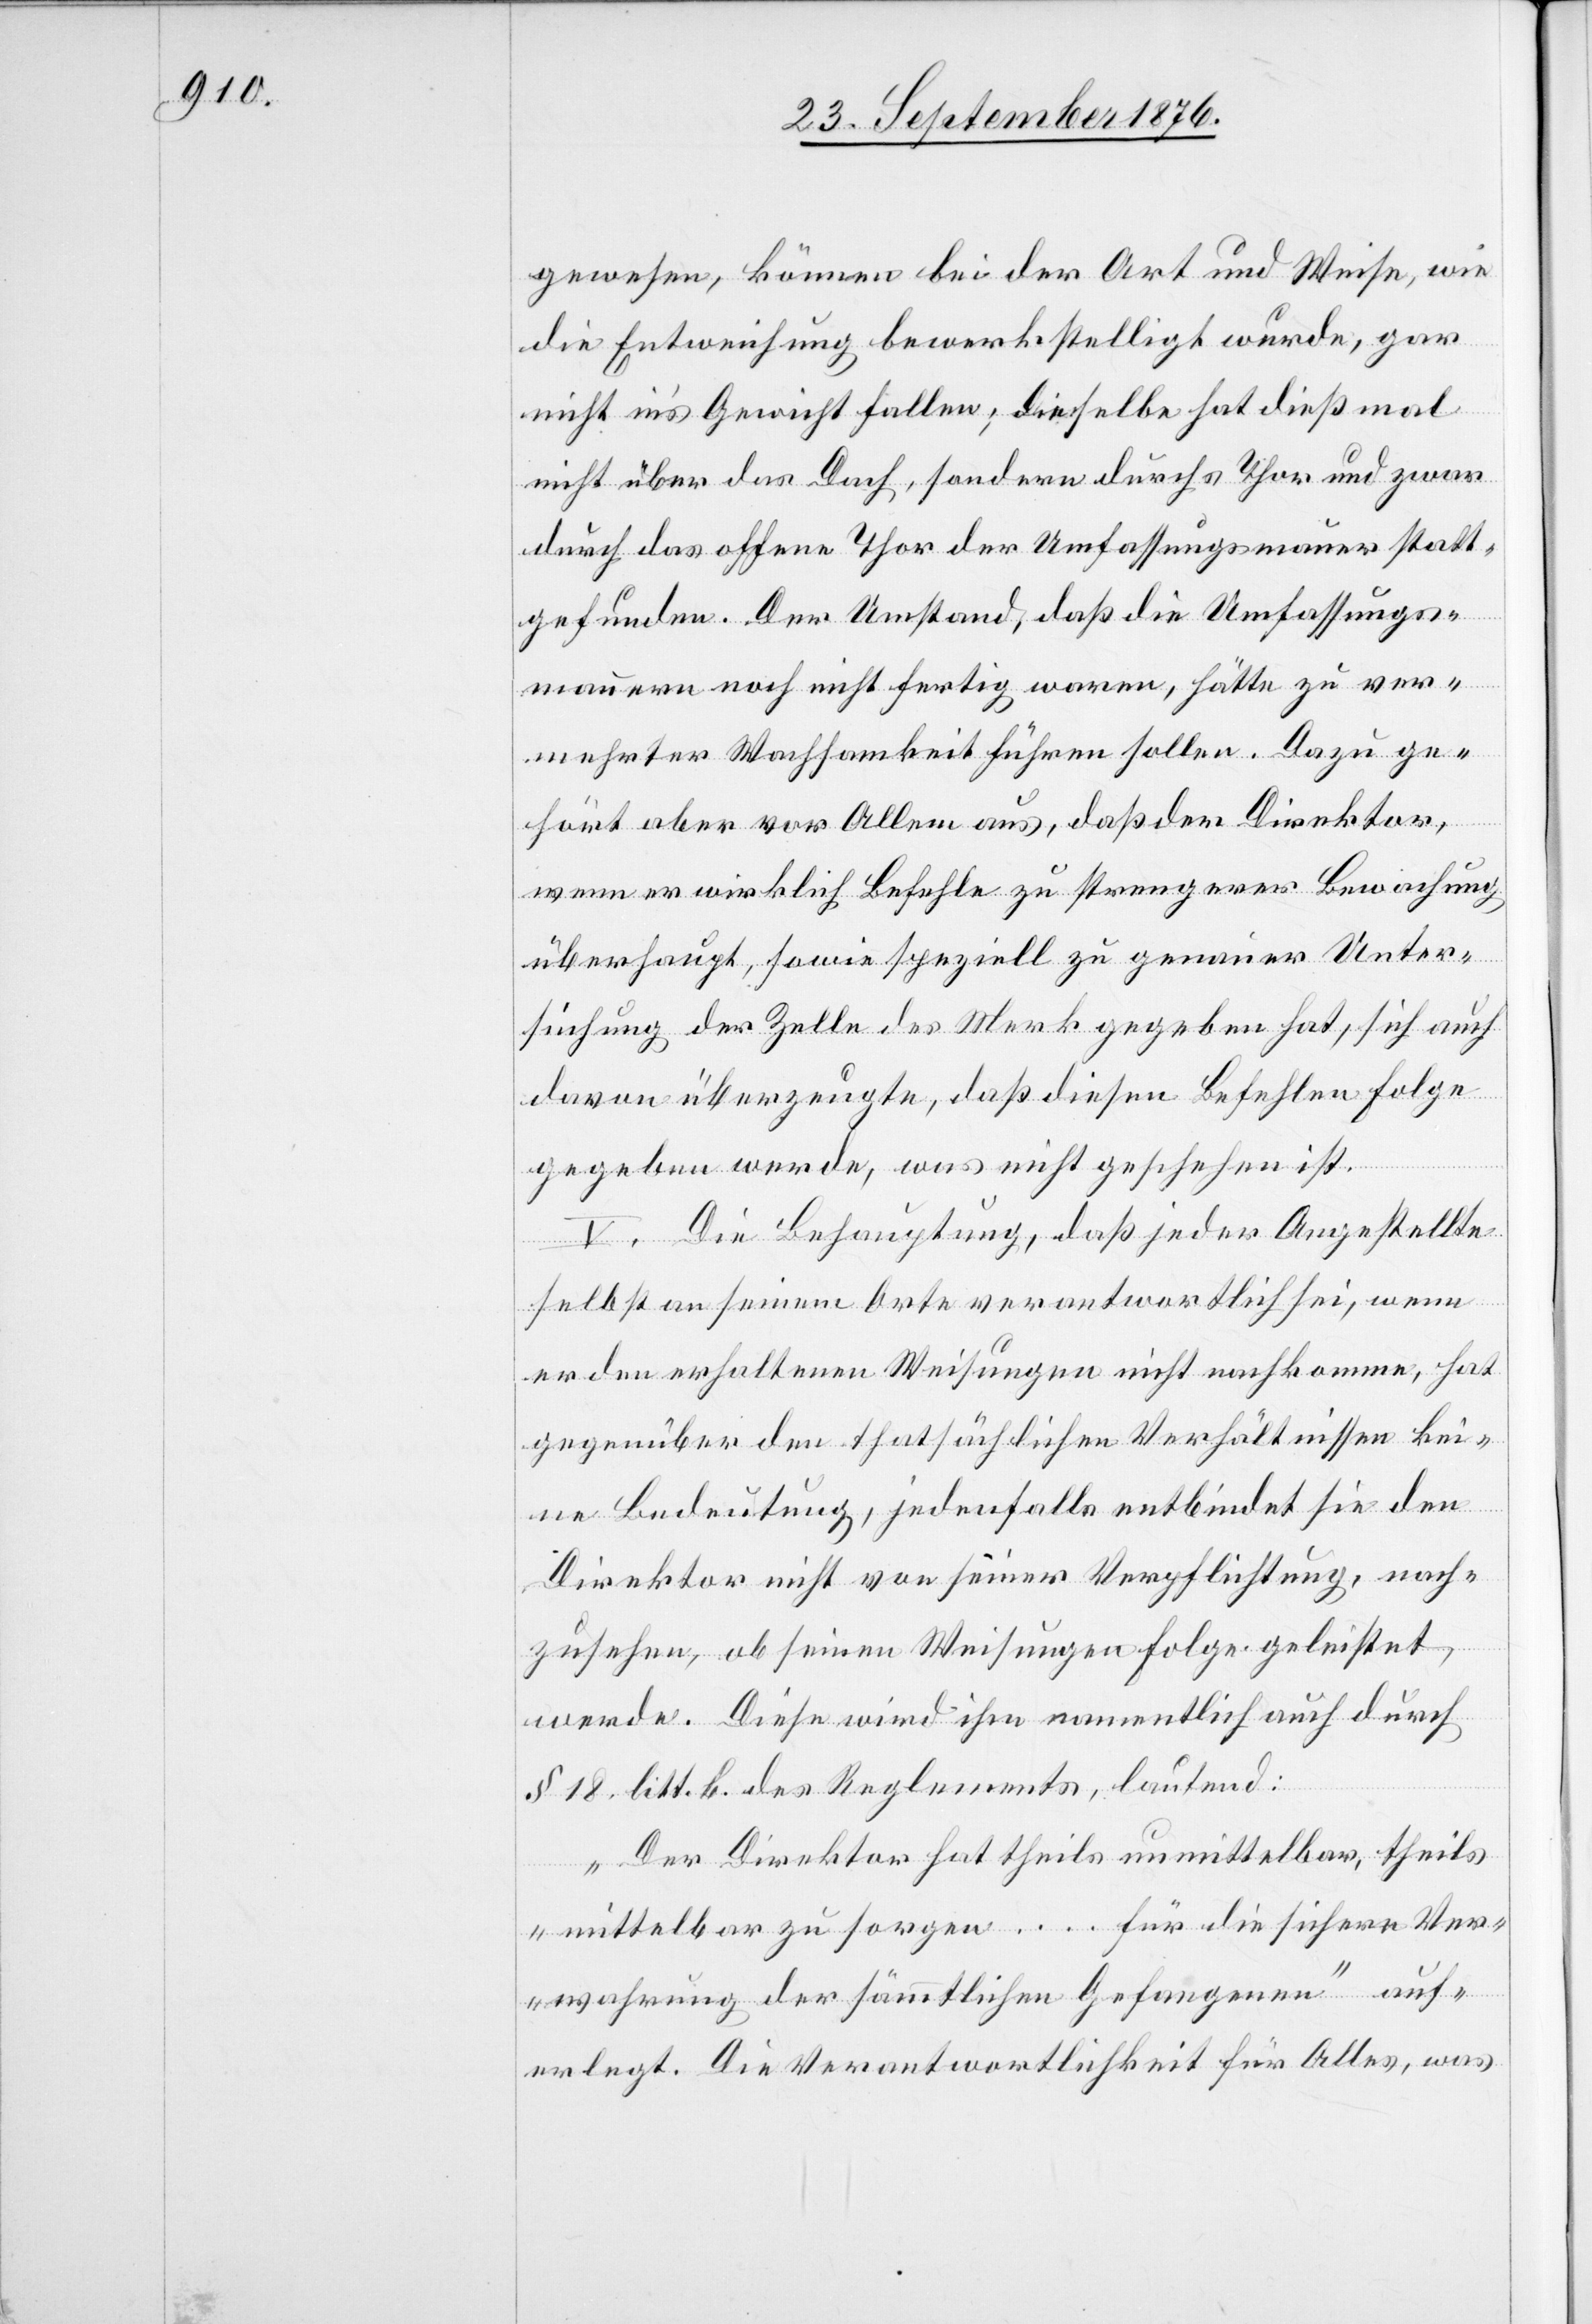
gewesen, können bei der Art und Weise, wie
die Entweichung bewerkstelligt wurde, gar
nicht in’s Gewicht fallen; dieselbe hat dießmal
nicht über das Dach, sondern durchs Thor und zwar
durch das offene Thor der Umfassungsmauer statt¬
gefunden. Der Umstand, daß die Umfassungs¬
mauern noch nicht fertig waren, hätte zu ver¬
mehrter Wachsamkeit führen sollen. Dazu ge¬
hört aber vor allem aus [sic!], daß der Direktor,
wenn er wirklich Befehle zu strengerer Beachtung
überhaupt, sowie speziell zu genauer Unter¬
suchung der Zelle des Merk gegeben hat, sich auch
davon überzeugte, daß diesen Befehlen Folge
gegeben werde, was nicht geschehen ist.
V. Die Behauptung, daß jeder Angestellte
selbst an seinem Orte verantwortlich sei, wenn
er den erhaltenen Weisungen nicht nachkomme, hat
gegenüber den thatsächlichen Verhältnissen kei¬
ne Bedeutung, jedenfalls entbindet sie den
Direktor nicht von seiner Verpflichtung, nach¬
zusehen, ob seinen Weisungen Folge geleistet
werde. Diese wird ihm namentlich auch durch
§ 18 litt. b. des Reglementes lautend:
„Der Direktor hat theils unmittelbar, theils
mittelbar zu sorgen … für die sichere Ver¬
wahrung der sämmtlichen Gefangenen“ auf¬
erlegt. Die Verantwortlichkeit für Alles, was